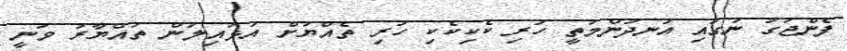
ފެންޖަގު ނަގައި އުނދުންމަތީ ހުރި ކެކިކެކި ހުރި ތެއްޔަށް އަޅައިލަން ތައްޔާރު ވަނީ